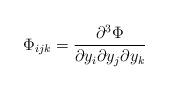
LaTeX: \begin{align*}\Phi_{ijk} = \frac{\partial^3 \Phi}{\partial y_i \partial y_j \partial y_k}\end{align*}